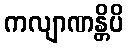
ကလျာဏန္တိပိ